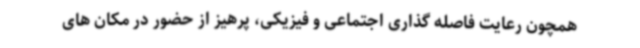
همچون رعایت فاصله گذاری اجتماعی و فیزیکی، پرهیز از حضور در مکان های